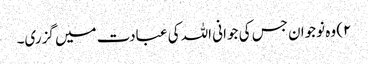
۲) وہ نوجوان جس کی جوانی اللہ کی عبادت میں گزری۔